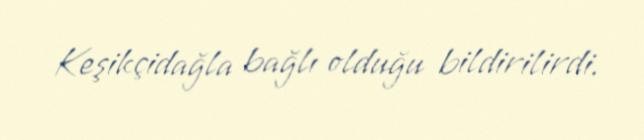
Keşikçidağla bağlı olduğu bildirilirdi.